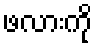
ဖလားကို